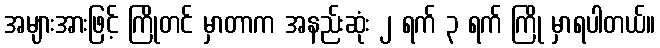
အများအားဖြင့် ကြိုတင် မှာတာက အနည်းဆုံး ၂ ရက် ၃ ရက် ကြို မှာရပါတယ်။